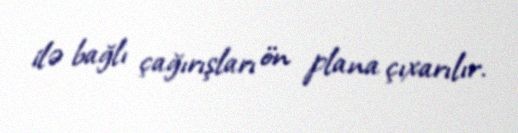
ilə bağlı çağırışları ön plana çıxarılır.